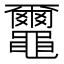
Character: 𪓿